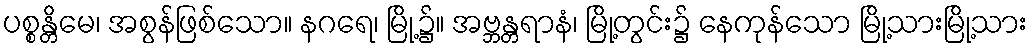
ပစ္စန္တိမေ၊ အစွန်ဖြစ်သော။ နဂရေ၊ မြို့၌။ အဗ္ဘန္တရာနံ၊ မြို့တွင်း၌ နေကုန်သော မြို့သားမြို့သား